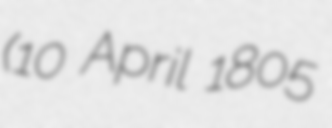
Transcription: (10 April 1805